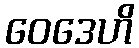
ဝေဒေဟိ